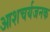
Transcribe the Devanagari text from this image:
आशचर्यजनक